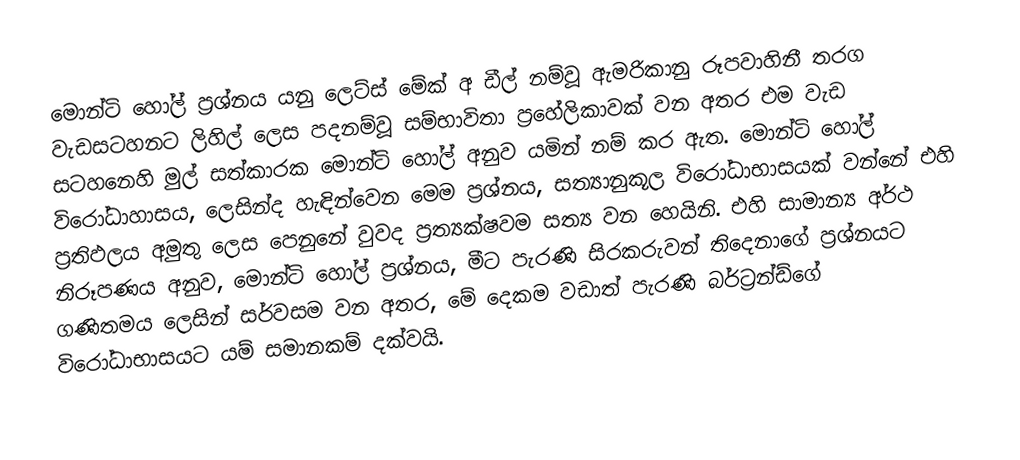
මොන්ටි හෝල් ප්‍රශ්නය යනු  ලෙට්ස් මේක් අ ඩීල් නම්වූ ඇමරිකානු රූපවාහිනී තරග වැඩසටහනට ලිහිල් ලෙස පදනම්වූ සම්භාවිතා ප්‍රහේලිකාවක් වන අතර එම වැඩ සටහනෙහි මුල් සත්කාරක මොන්ටි හෝල් අනුව යමින් නම් කර ඇත.  මොන්ටි හෝල් විරෝධාහාසය, ලෙසින්ද හැඳින්වෙන  මෙම ප්‍රශ්නය, සත්‍යානුකූල විරෝධාභාසයක් වන්නේ එහි ප්‍රතිඵලය අමුතු ලෙස පෙනුනේ වුවද  ප්‍රත්‍යක්ෂවම සත්‍ය වන හෙයිනි. එහි සාමාන්‍ය අර්ථ නිරූපණය අනුව, මොන්ටි හෝල් ප්‍රශ්නය, මීට පැරණි සිරකරුවන් තිදෙනාගේ ප්‍රශ්නයට ගණිතමය ලෙසින් සර්වසම වන අතර, මේ දෙකම වඩාත් පැරණි බර්ට්‍රන්ඩ්ගේ විරෝධාභාසයට යම් සමානකම් දක්වයි.